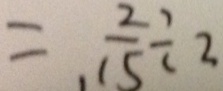
= \frac { 2 } { 1 5 } \div 2